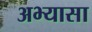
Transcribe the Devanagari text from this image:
अभ्यासा